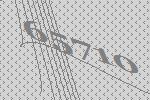
65710